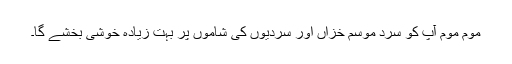
موم موم آپ کو سرد موسم خزاں اور سردیوں کی شاموں پر بہت زیادہ خوشی بخشے گا۔